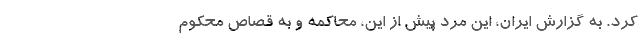
کرد. به گزارش ایران، این مرد پیش ‌از‌ این، محاکمه و به قصاص محکوم